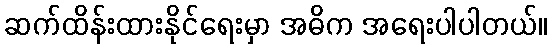
ဆက်ထိန်းထားနိုင်ရေးမှာ အဓိက အရေးပါပါတယ်။